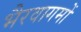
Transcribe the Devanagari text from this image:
भैरवागमों